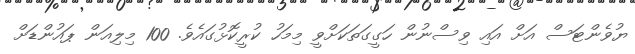
ޔުވެންޓަސް އަށް އައި ވިސްނުން ހަގީގަތަކަށްވީ މިމަހު ކުރީކޮޅުގައެވެ. 100 މިލިއަން ޕައުންޑަށް